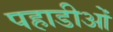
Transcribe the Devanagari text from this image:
पहाडीओं